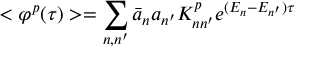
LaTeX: < \varphi ^ { p } ( \tau ) > = \sum _ { n , n ^ { \prime } } \bar { a } _ { n } a _ { n ^ { \prime } } K _ { n n ^ { \prime } } ^ { p } e ^ { ( E _ { n } - E _ { n ^ { \prime } } ) \tau }